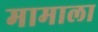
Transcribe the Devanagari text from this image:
मामाला